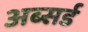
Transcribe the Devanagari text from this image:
अब्सर्ड